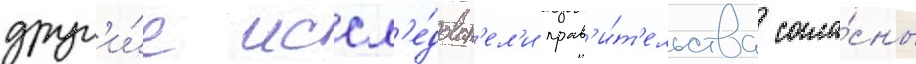
друг'и́е иссл'е́доват'ел'и прав'и́т'ельства согла́сны